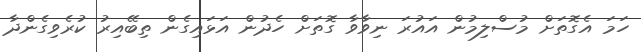
ހަމަ އެގޮތަށް މުސްލިމުން އައުރަ ނިވާވާ ގޮތަށް ހެދުން އަޅައިގެން ތިބޭއިރު ކުރެވިގެންދާ